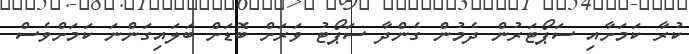
ކުރާ ކަމަށާއި ސަޕޯޓަރުން ދެމުން ގެންދާ ސަޕޯޓު ވަރަށް ބޮޑަށް ބަލައިގަންނަ ކަމަށްވެސް